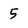
Character: 5